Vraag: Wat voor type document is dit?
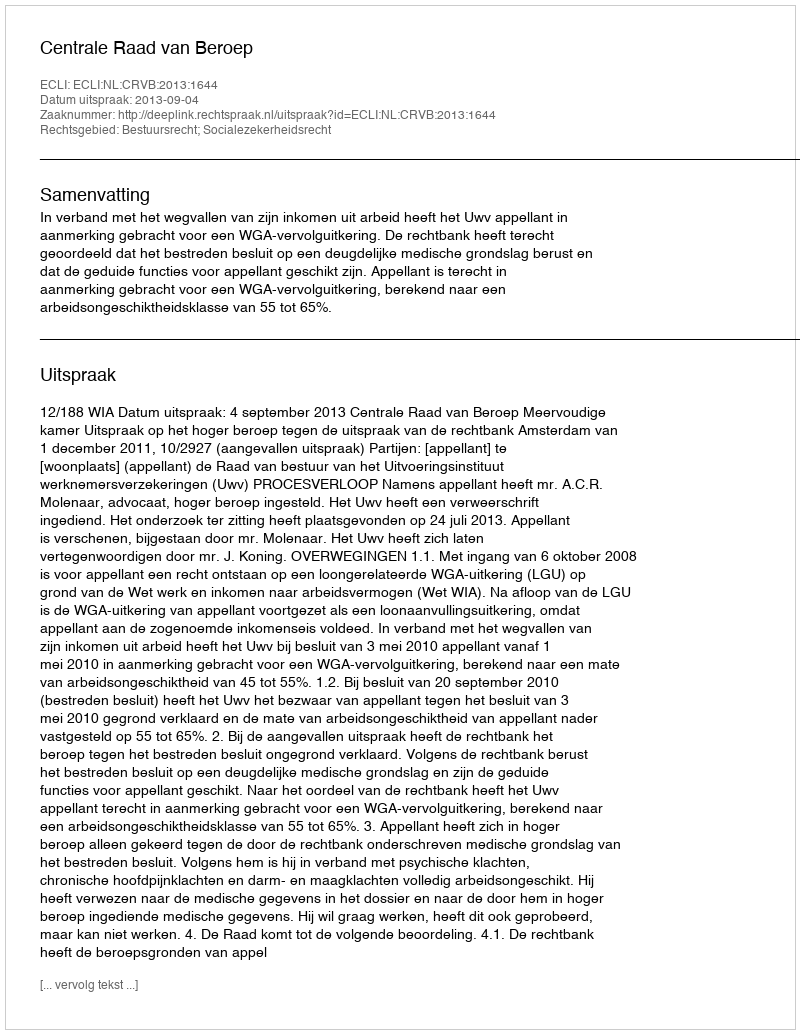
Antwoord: Uitspraak